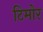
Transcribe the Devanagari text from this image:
टिमोर